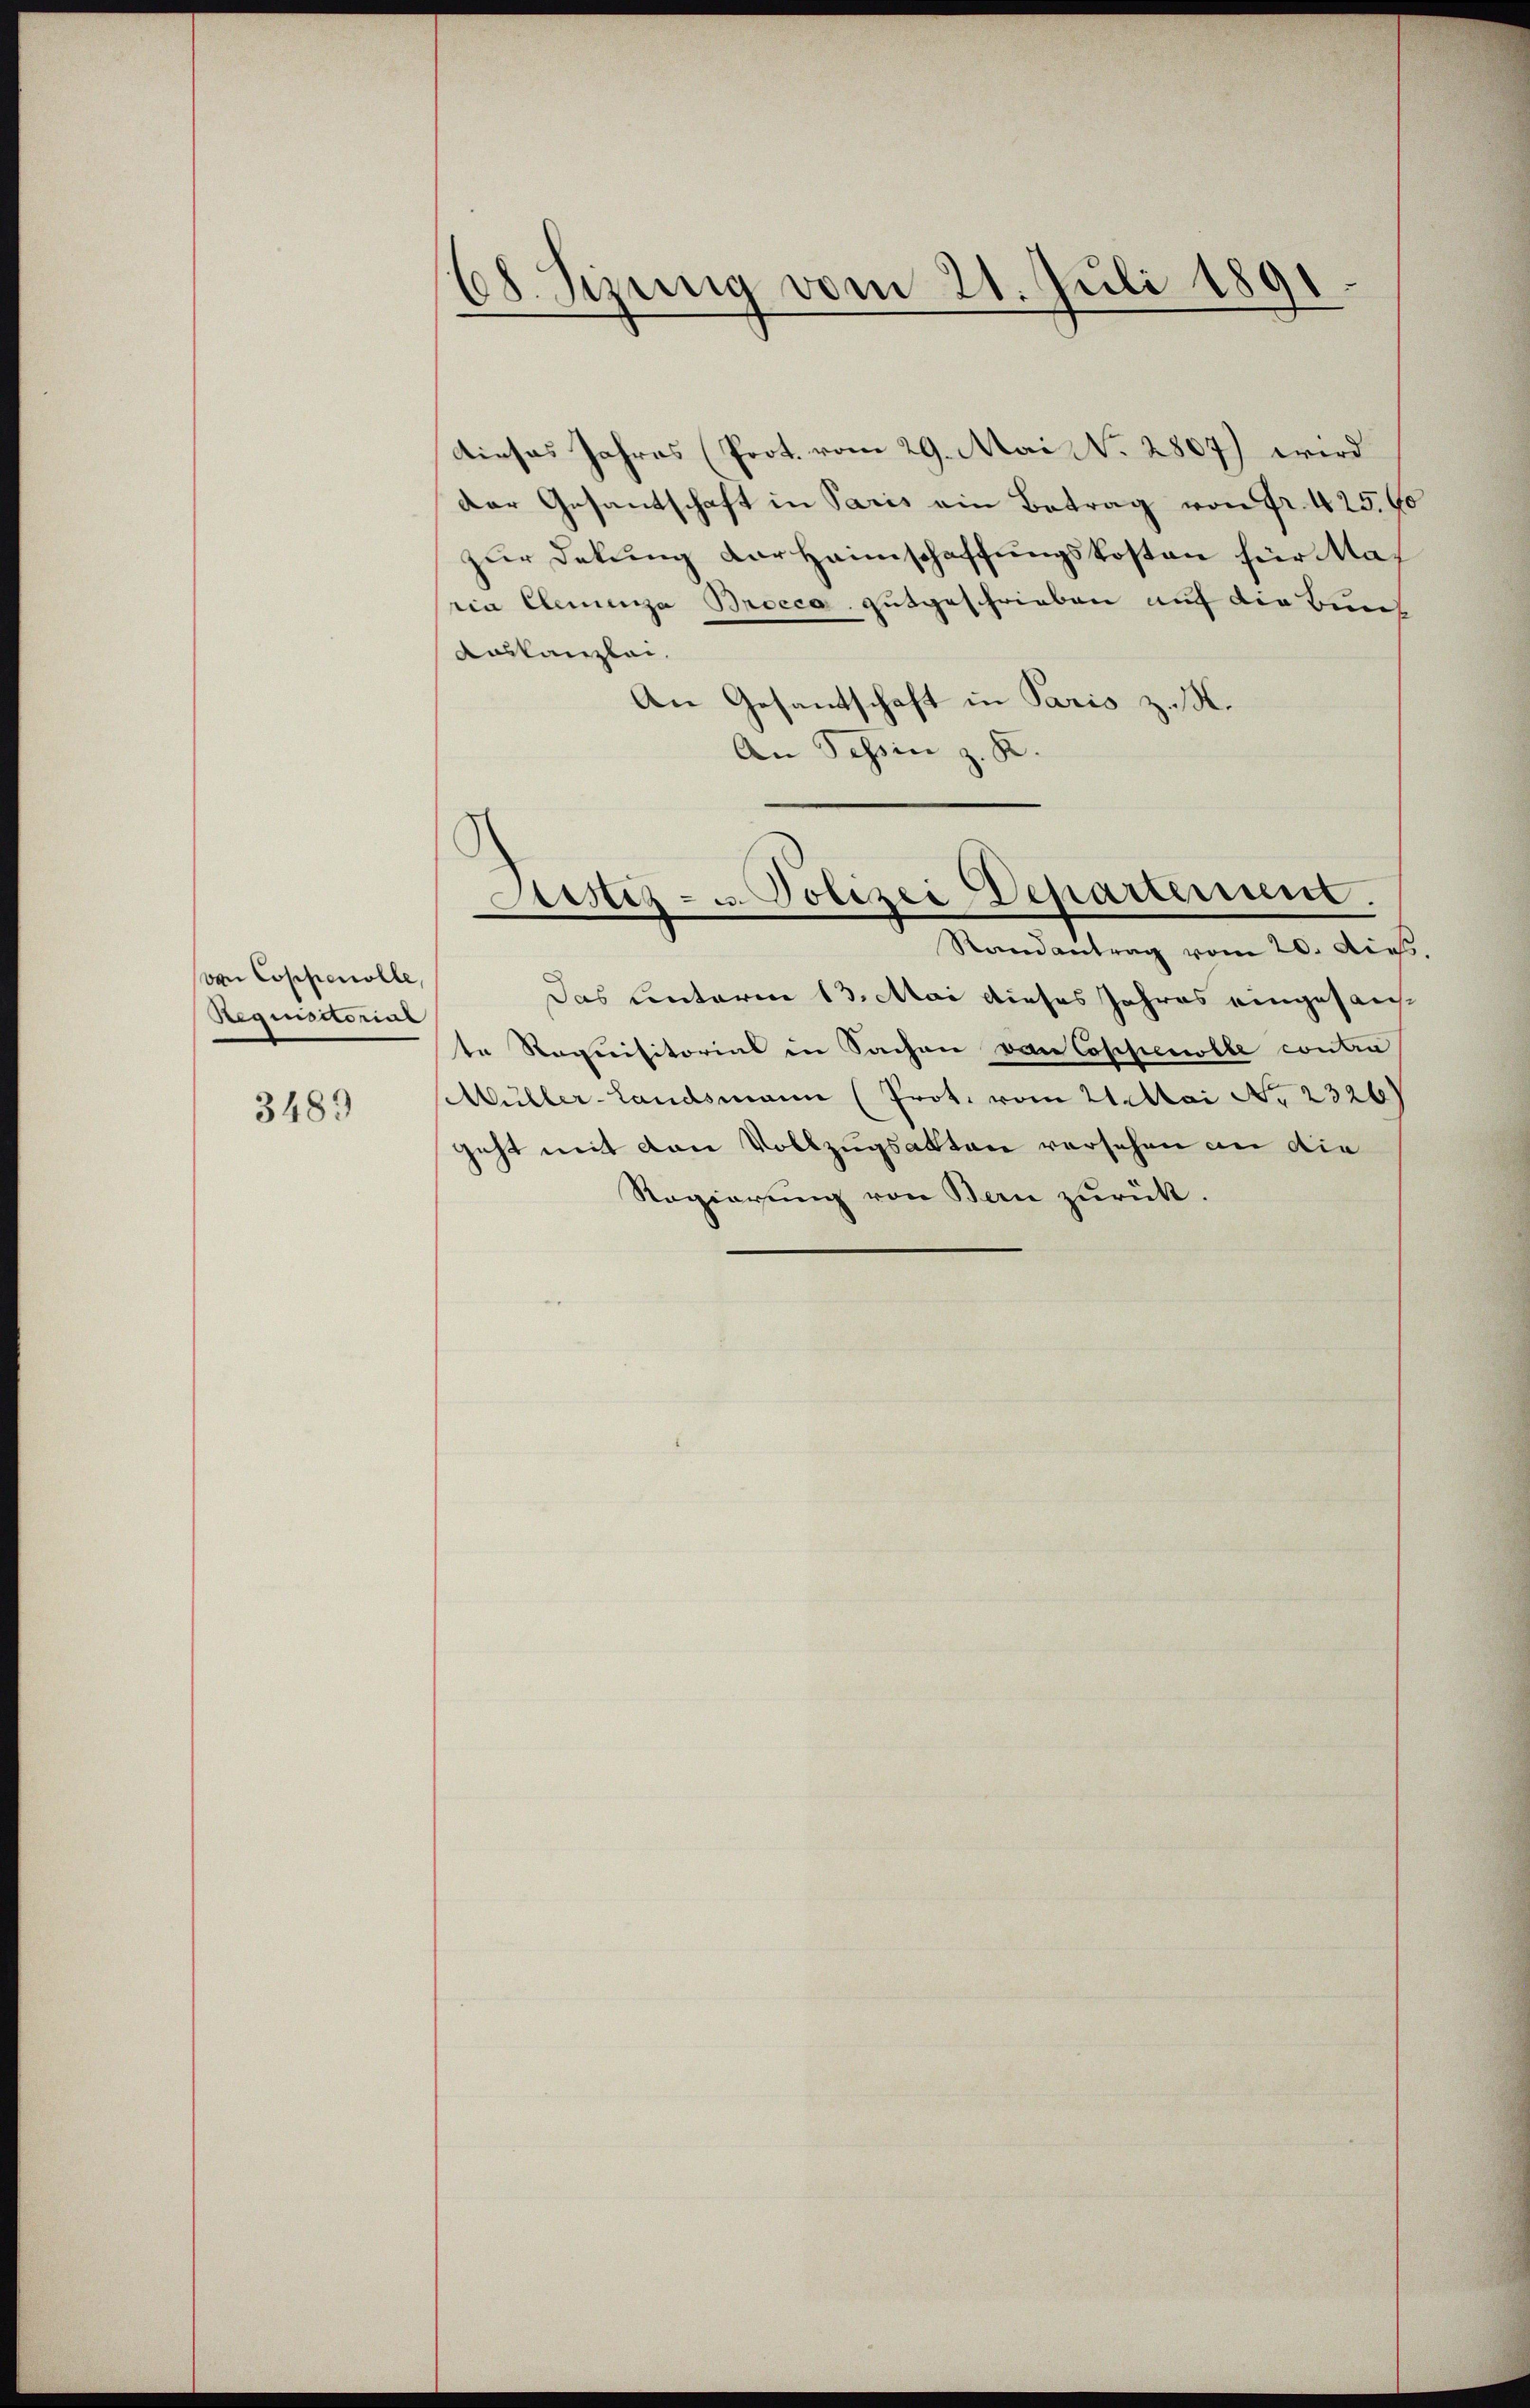
von Coppenolle,
Regenstorial

3489

68. Sizung vom 21. Juli 1891.

dieses Jahres (Prot. vom 29. Mai No 2807) wird
der Gesandschaft in Paris ein Betrag von Fr. 425. 60
zur Dekung der Heimschaffungskosten für Staria Elemenza Brocca, gutgeschrieben auf die Buch
Auskanzlei.
An Gesandtschaft in Paris z. B.
An Schin z. R.
Astiz- u. Polizei Departerium.
Randantrag vom 20. dies.
Das unterm 13. Mai dieses Jahres eingesandt
te Requisitorius in Sachen von Coppenrolle contra
Müller-Landsmann (Prot. vom 21. Mai No 2326)
geht mit den Vollzugsakten versehen an die
Regierung von Bern zurück.